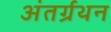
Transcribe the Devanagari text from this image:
अंतर्ग्रथन